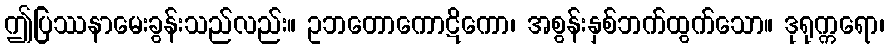
ဤပြဿနာမေးခွန်းသည်လည်း။ ဥဘတောကောဋိကော၊ အစွန်းနှစ်ဘက်ထွက်သော။ ဒုရုက္ကရော၊